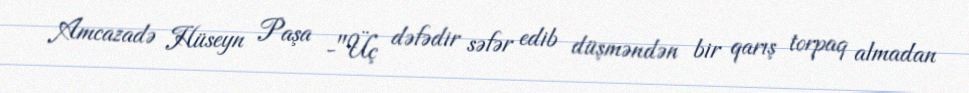
Amcazadə Hüseyn Paşa -"Üç dəfədir səfər edib düşməndən bir qarış torpaq almadan